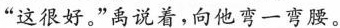
“这很好。”禹说着，向他弯一弯腰。